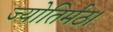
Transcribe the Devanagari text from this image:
ज्योतिर्मठ।